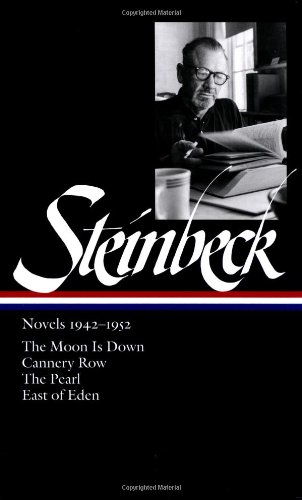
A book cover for Steinbeck Novels 1942-1952: The Moon Is Down / Cannery Row / The Pearl / East of Eden (Library of America); John Steinbeck; Literature & Fiction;